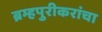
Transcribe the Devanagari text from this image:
ब्रम्हपुरीकरांचा